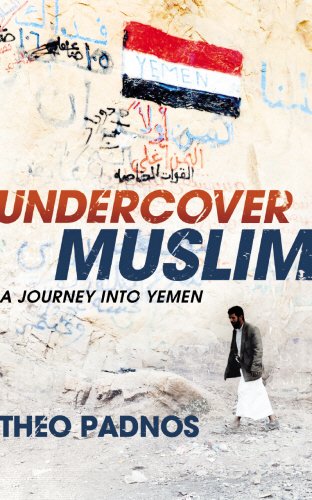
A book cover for Undercover Muslim:  A Journey into Yemen; Theo Padnos; Travel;